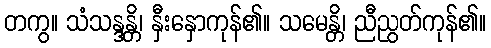
တကွ။ သံသန္ဒန္တိ၊ နှီးနှောကုန်၏။ သမေန္တိ၊ ညီညွတ်ကုန်၏။